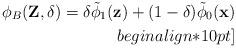
LaTeX: \begin{align*}\phi_{B}(\textbf{Z},\delta)=\delta \tilde{\phi}_{1}(\textbf{z}) +(1-\delta)\tilde{\phi}_{0}(\textbf{x})\\begin{align*}10pt]\end{align*}